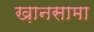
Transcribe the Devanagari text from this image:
ख़ानसामा